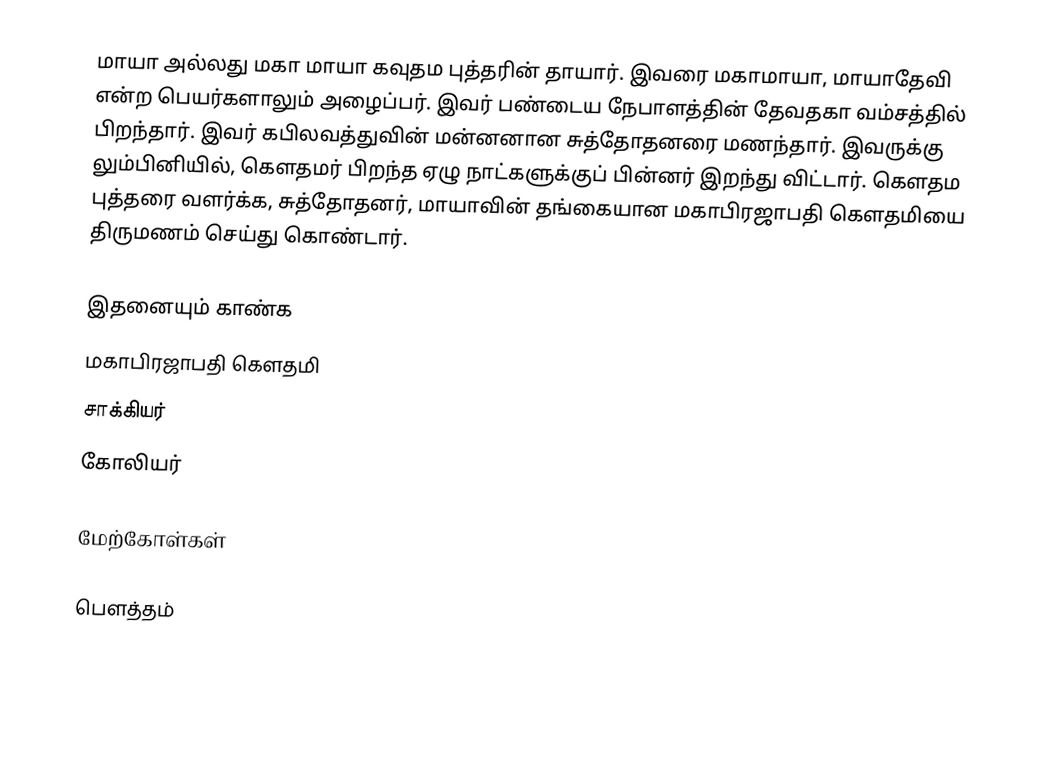
மாயா அல்லது மகா மாயா  கவுதம புத்தரின் தாயார். இவரை மகாமாயா, மாயாதேவி என்ற பெயர்களாலும் அழைப்பர். இவர் பண்டைய  நேபாளத்தின் தேவதகா  வம்சத்தில் பிறந்தார். இவர்  கபிலவத்துவின் மன்னனான சுத்தோதனரை மணந்தார். இவருக்கு லும்பினியில், கௌதமர்  பிறந்த ஏழு நாட்களுக்குப் பின்னர்  இறந்து விட்டார். கௌதம புத்தரை வளர்க்க, சுத்தோதனர், மாயாவின் தங்கையான மகாபிரஜாபதி கௌதமியை திருமணம் செய்து கொண்டார்.

இதனையும்  காண்க
 மகாபிரஜாபதி கௌதமி
 சாக்கியர்
 கோலியர்

மேற்கோள்கள்

பௌத்தம்